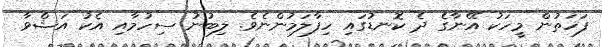
ފަހަތުން މީހަކު އޭނާގެ ދެ ކޮނޑުގައި ހިފާލަމުންނެވެ. ލިބުނު ސިހުމާއި އެކު އަޝްވާ